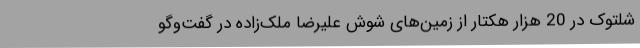
شلتوک در 20 هزار هکتار از زمین‌های شوش علیرضا ملک‌زاده در گفت‌وگو